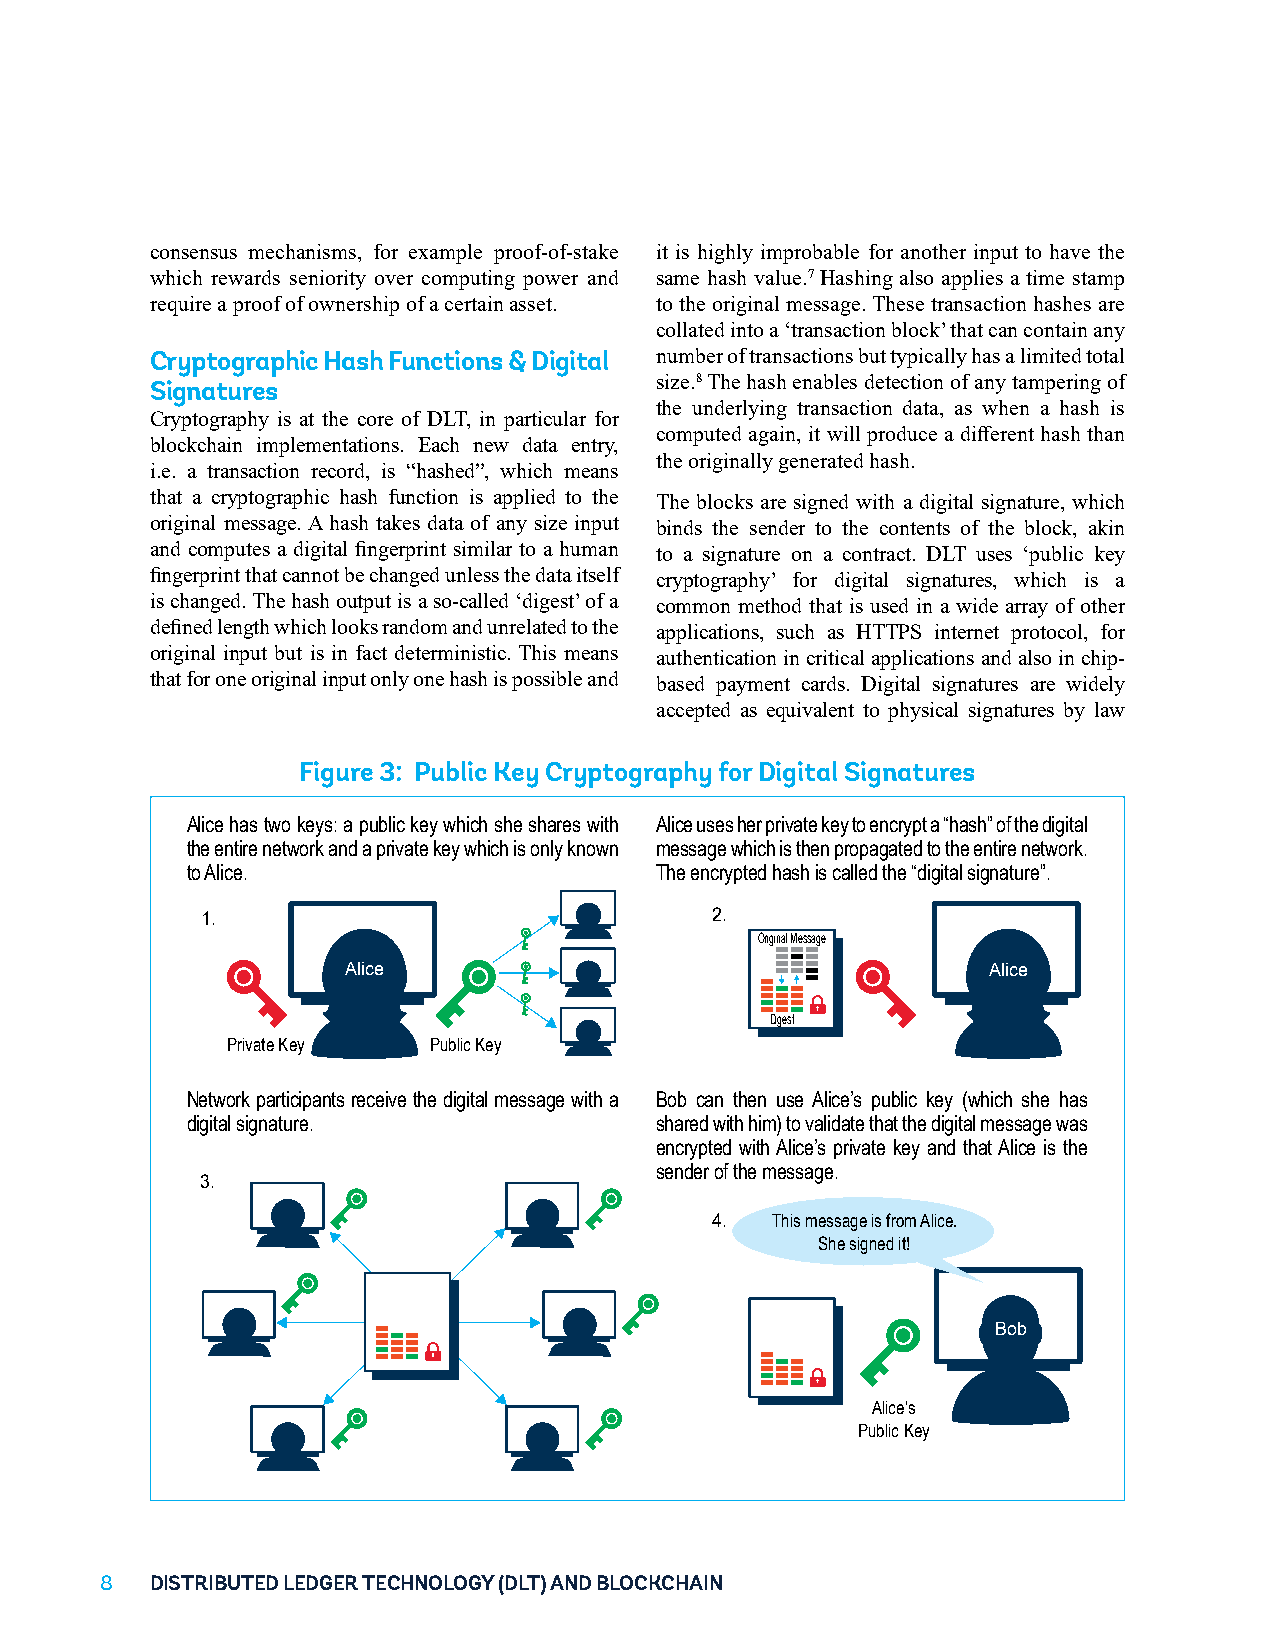
consensus mechanisms, for example proof-of-stake it is highly improbable for another input to have the
 which rewards seniority over computing power and same hash value.7 Hashing also applies a time stamp
 require a proof of ownership of a certain asset. to the original message. These transaction hashes are
 collated into a ‘transaction block’ that can contain any
 Cryptographic Hash Functions & Digital number of transactions but typically has a limited total
 size.8 The hash enables detection of any tampering of
 Signatures
 the underlying transaction data, as when a hash is
 Cryptography is at the core of DLT, in particular for
 computed again, it will produce a different hash than
 blockchain implementations. Each new data entry,
 the originally generated hash.
 i.e. a transaction record, is “hashed”, which means
 that a cryptographic hash function is applied to the The blocks are signed with a digital signature, which
 original message. A hash takes data of any size input binds the sender to the contents of the block, akin
 and computes a digital fingerprint similar to a human to a signature on a contract. DLT uses ‘public key
 fingerprint that cannot be changed unless the data itself cryptography’ for digital signatures, which is a
 is changed. The hash output is a so-called ‘digest’ of a common method that is used in a wide array of other
 defined length which looks random and unrelated to the applications, such as HTTPS internet protocol, for
 original input but is in fact deterministic. This means authentication in critical applications and also in chip-
 that for one original input only one hash is possible and based payment cards. Digital signatures are widely
 accepted as equivalent to physical signatures by law
 Figure 3: Public Key Cryptography for Digital Signatures
 Alice has two keys: a public key which she shares with Alice uses her private key to encrypt a “hash” of the digital
 the entire network and a private key which is only known message which is then propagated to the entire network.
 to Alice.                      The encrypted hash is called the “digital signature”.
 1.                                2.
 Original Message
 Alice                                     Alice
 Digest
 Private Key  Public Key
 Network participants receive the digital message with a Bob can then use Alice’s public key (which she has
 digital signature.             shared with him) to validate that the digital message was
 encrypted with Alice’s private key and that Alice is the
 sender of the message.
 3.
 4.  This message is from Alice.
 She signed it!
 Bob
 Alice’s
 Public Key
 88 DISTRIBUTED LEDGER TECHNOLOGY (DLT) AND BLOCKCHAIN